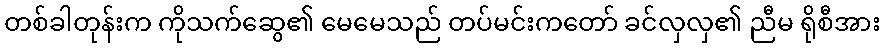
တစ်ခါတုန်းက ကိုသက်ဆွေ၏ မေမေသည် တပ်မင်းကတော် ခင်လှလှ၏ ညီမ ရိုစီအား